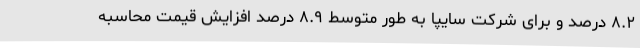
۸.۲ درصد و برای شرکت سایپا به طور متوسط ۸.۹ درصد افزایش قیمت محاسبه